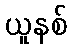
ယူနစ်